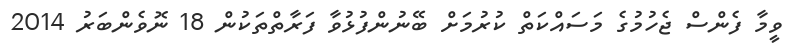
ވީމާ ފެންސް ޖެހުމުގެ މަސައްކަތް ކުރުމަށް ބޭނުންފުޅުވާ ފަރާތްތަކުން 18 ނޮވެންބަރު 2014